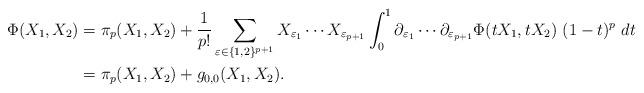
LaTeX: \begin{align*}\Phi(X_1,X_2) &= \pi_p(X_1,X_2) + \frac{1}{p!} \sum_{\varepsilon\in\{1,2\}^{p+1}} X_{\varepsilon_1}\cdots X_{\varepsilon_{p+1}}\int_0^1 \partial_{\varepsilon_1}\cdots \partial_{\varepsilon_{p+1}}\Phi(tX_1,tX_2)\ (1-t)^p\ dt \\&= \pi_p(X_1,X_2) + g_{0,0}(X_1,X_2). \end{align*}